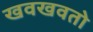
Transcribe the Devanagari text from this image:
खवखवतो